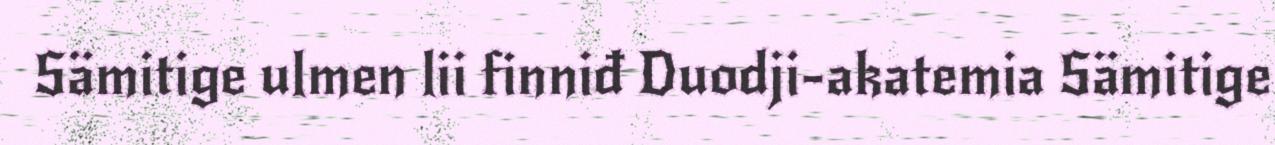
Sämitige ulmen lii finniđ Duodji-akatemia Sämitige